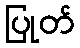
ပြုတ်